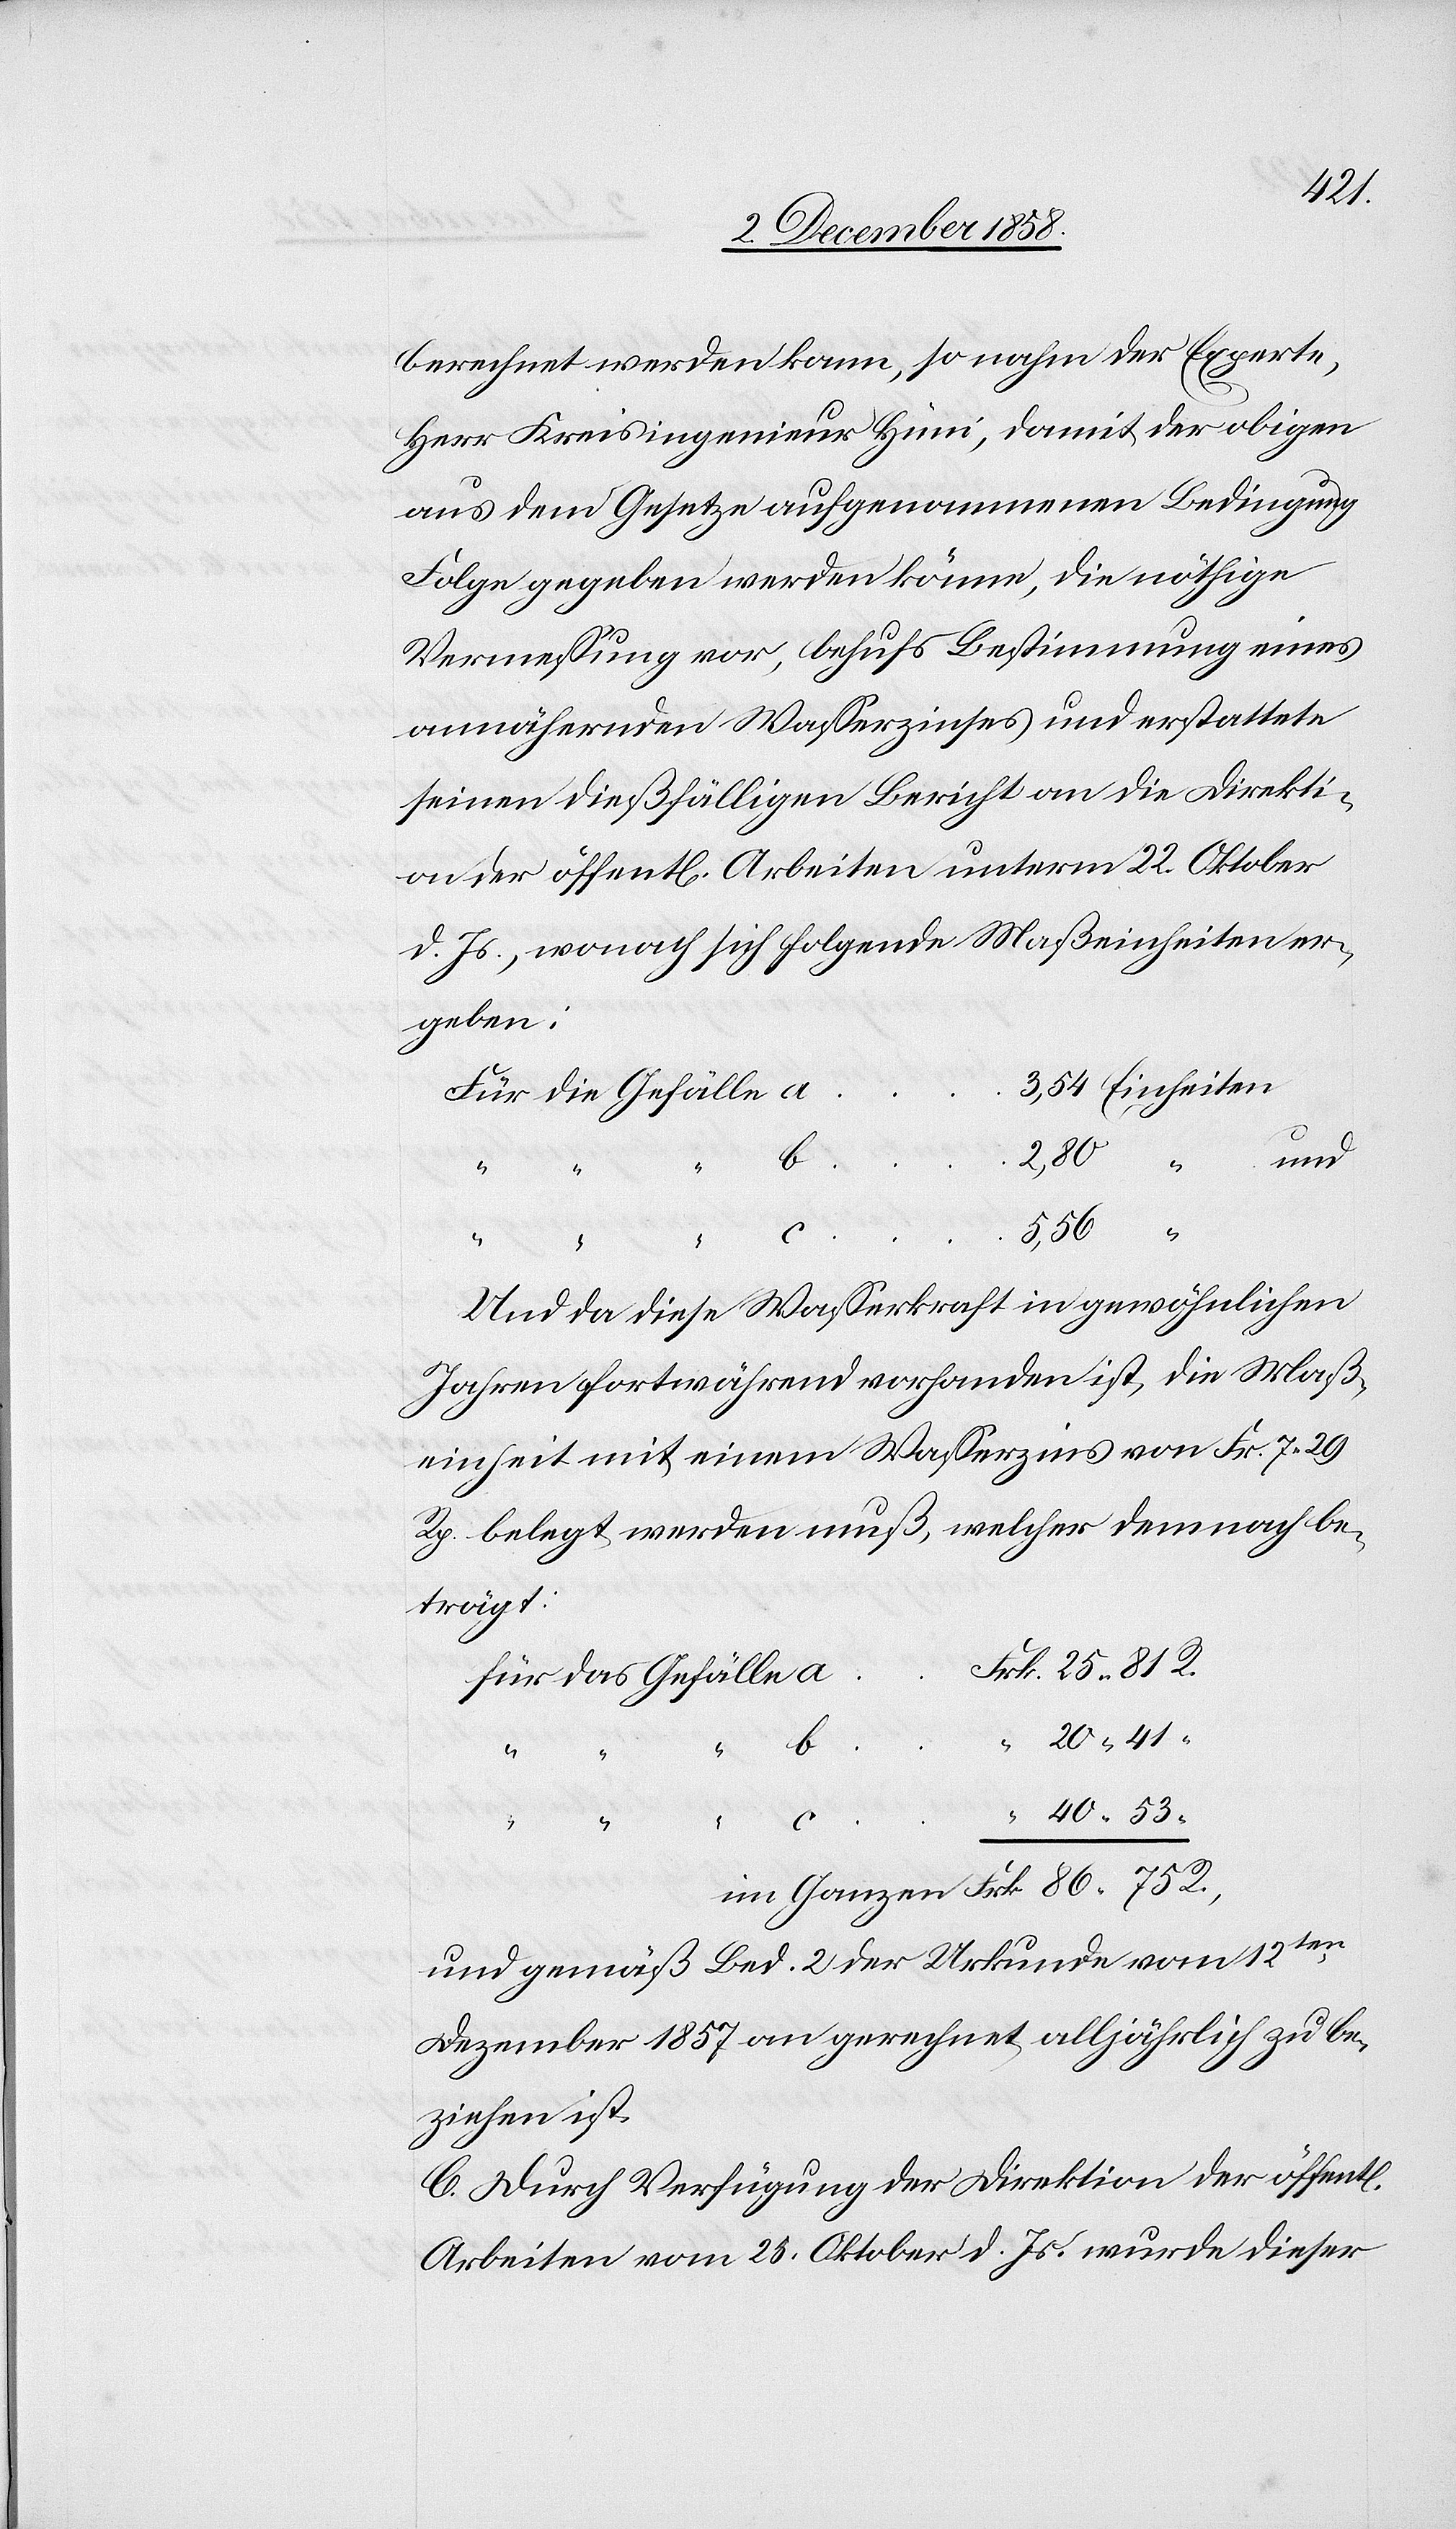
40
berechnet werden kann, so nahm der Experte,
Herr Kreisingenieur Hüni, damit der obigen
aus dem Gesetze aufgenommenen Bedingung
Folge gegeben werden könne, die nöthige
Vermessung vor, behufs Bestimmung eines
annähernden Wasserzinses und erstattete
seinen dießfälligen Bericht an die Direkti¬
on der öffent[lichen] Arbeiten unterm 22. Oktober
d. Js., wonach sich folgende Maßeinheiten er¬
geben:
3,54 Einheiten
Für die Gefälle
Frk.
86 75 R.,
…
5,56
im Ganzen
c
…
“
Und da diese Wasserkraft in gewöhnlichen
Jahren fortwährend vorhanden ist, die Maß¬
einheit mit einem Wasserzins von Fr. 7 29
Rp. belegt werden muß, welcher demnach be¬
trägt:
Frk. 25 81 R.
Für das Gefälle
“ 20 41 “
chen]
und gemäß Bed. 2 der Urkunde vom 12ten
Dezember 1857 an gerechnet, alljährlich zu be¬
ziehen ist.
C. Durch Verfügung der Direktion der öffent[li¬
Arbeiten vom 25. Oktober d. Js. wurde dieser